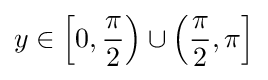
y\in \left[0,{\frac {\pi }{2}}\right)\cup \left({\frac {\pi }{2}},\pi \right]